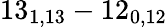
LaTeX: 13_{1,13}-12_{0,12}